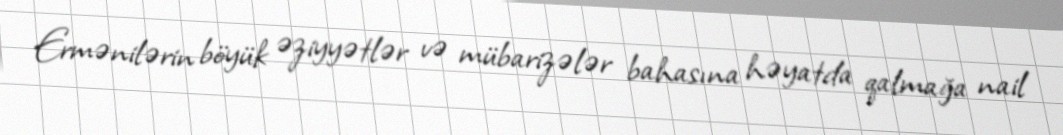
Ermənilərin böyük əziyyətlər və mübarizələr bahasına həyatda qalmağa nail